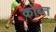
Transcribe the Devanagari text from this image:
कोब्त